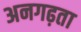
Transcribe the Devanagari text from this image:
अनगढ़ता